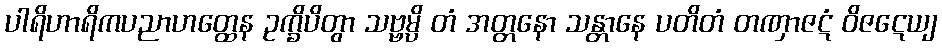
ပါရိဟာရိကပညာဟတ္ထေန ဥက္ခိပိတွာ သဗ္ဗမ္ပိ တံ အတ္တနော သန္တာနေ ပတိတံ တဏှာဇဋံ ဝိဇဋေယျ